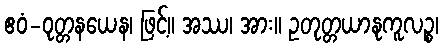
ဧဝံ-ဝုတ္တနယေန၊ ဖြင့်။ အဿ၊ အား။ ဥတုတ္တယာနုကူလဉ္စ၊